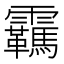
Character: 𬰕